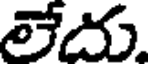
లేదు.